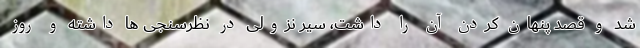
شد و قصد پنهان کردن آن را داشت، سیر نزولی در نظرسنجی ها داشته و روز